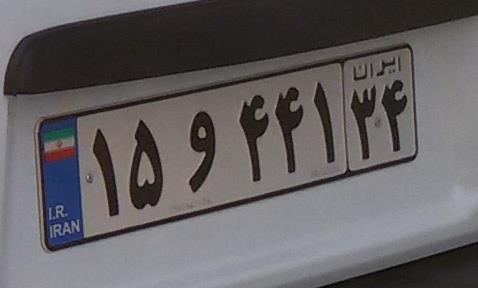
۱۵و۴۴۱۳۴